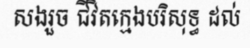
សងរួច ជីវិតក្មេងបរិសុទ្ធ ដល់